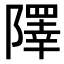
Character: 𨼸